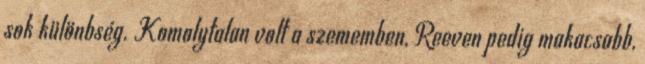
sok különbség. Komolytalan volt a szememben, Reeven pedig makacsabb,